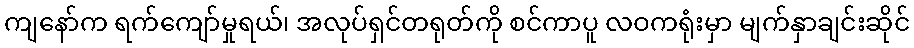
ကျနော်က ရက်ကျော်မှုရယ်၊ အလုပ်ရှင်တရုတ်ကို စင်ကာပူ လဝကရုံးမှာ မျက်နှာချင်းဆိုင်